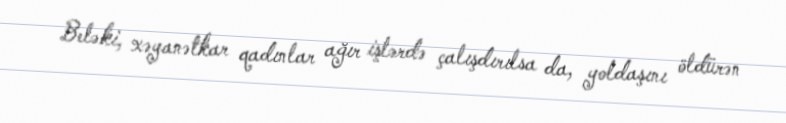
Beləki, xəyanətkar qadınlar ağır işlərdə çalışdırılsa da, yoldaşını öldürən